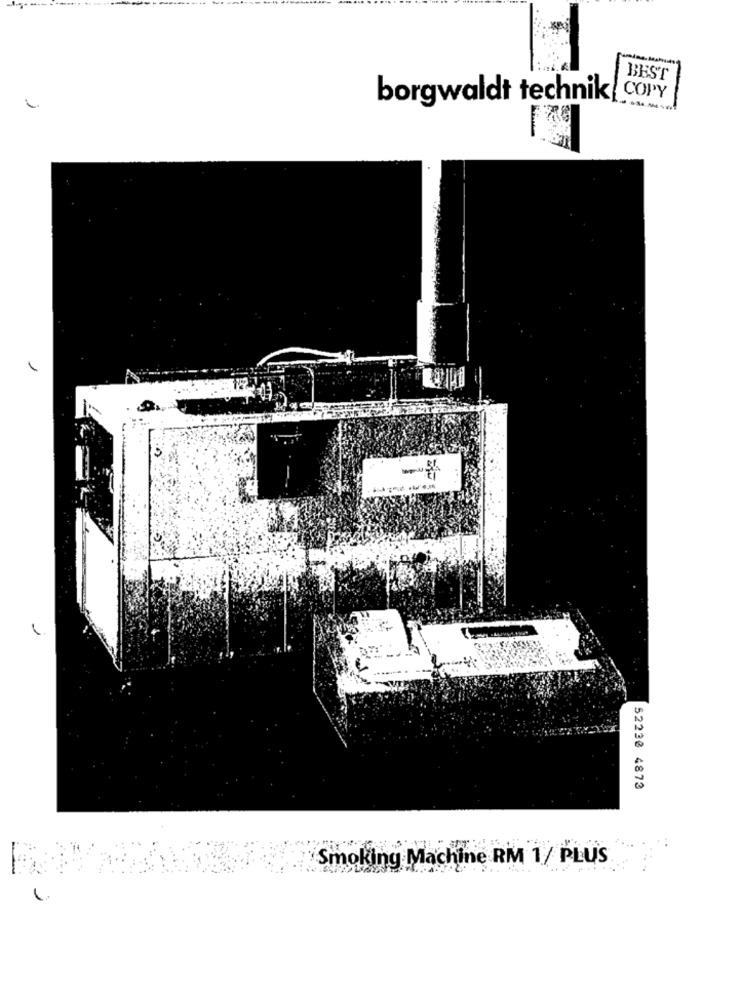
BEST
borgwaldt technik!
COPY
---
52230 4872
Smoking Machine RM 1/ PLUS